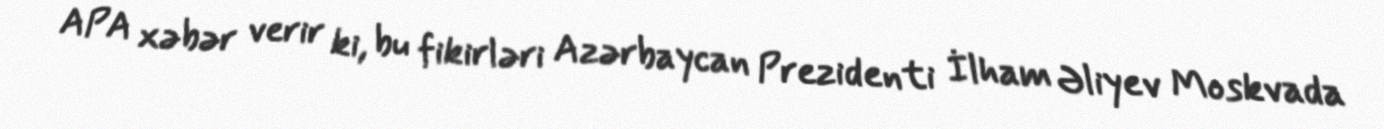
APA xəbər verir ki, bu fikirləri Azərbaycan Prezidenti İlham Əliyev Moskvada